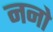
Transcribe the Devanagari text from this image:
ननो